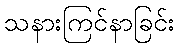
သနားကြင်နာခြင်း